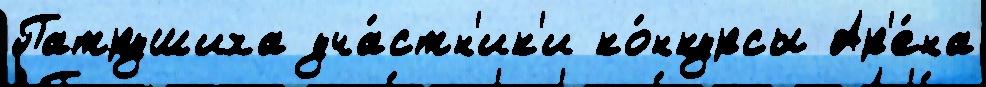
Патрушиха уча́стн'ик'и ко́нкурсы Ар'е́на